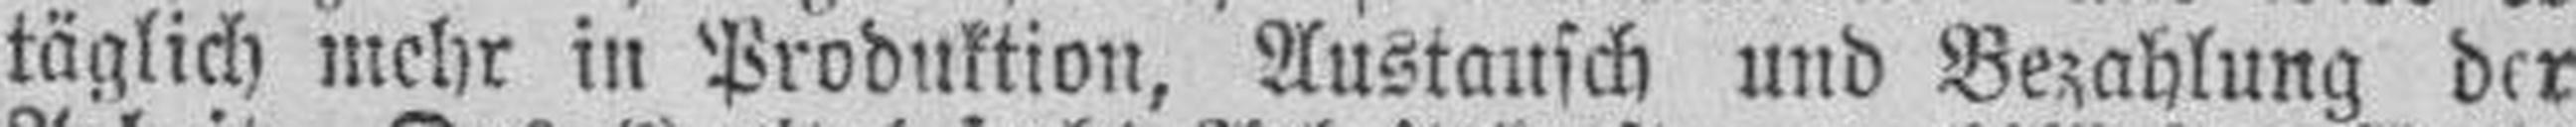
täglich mehr in Produktion, Austausch und Bezahlung der